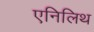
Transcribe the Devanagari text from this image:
एनिलिथ